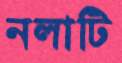
নলাটি